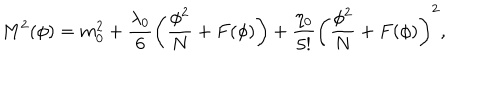
LaTeX: M ^ { 2 } ( \phi ) = m _ { 0 } ^ { 2 } + \frac { \lambda _ { 0 } } { 6 } \left( \frac { \phi ^ { 2 } } { N } + F ( \phi ) \right) + \frac { \eta _ { 0 } } { 5 ! } \left( \frac { \phi ^ { 2 } } { N } + F ( \phi ) \right) ^ { 2 } ,